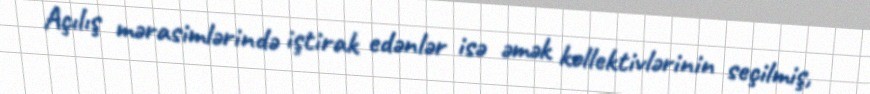
Açılış mərasimlərində iştirak edənlər isə əmək kollektivlərinin seçilmiş,